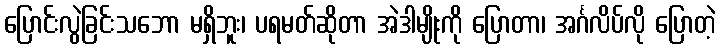
ပြောင်းလွဲခြင်းသဘော မရှိဘူး၊ ပရမတ်ဆိုတာ အဲဒါမျိုးကို ပြောတာ၊ အင်္ဂလိပ်လို ပြောတဲ့